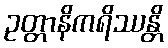
ဥတ္တာနိကရိဿန္တိ